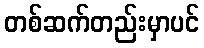
တစ်ဆက်တည်းမှာပင်